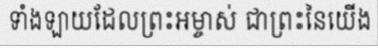
ទាំងឡាយដែលព្រះអម្ចាស់ ជាព្រះនៃយើង